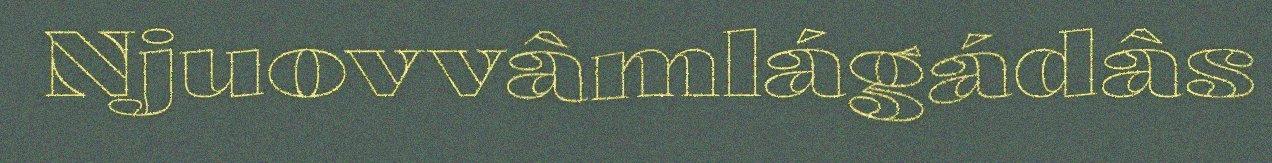
Njuovvâmlágádâs